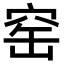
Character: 窑